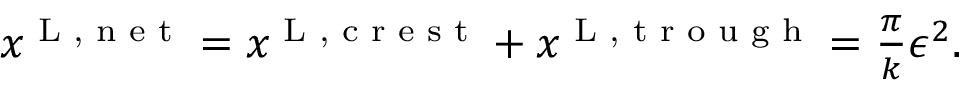
\begin{array} { r } { x ^ { \textnormal { L , n e t } } = x ^ { \textnormal { L , c r e s t } } + x ^ { \textnormal { L , t r o u g h } } = \frac { \pi } { k } \epsilon ^ { 2 } . } \end{array}